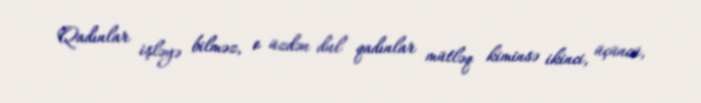
Qadınlar işləyə bilməz, o üzdən dul qadınlar mütləq kiminsə ikinci, üçüncü,